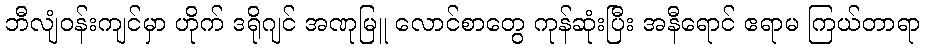
ဘီလျံဝန်းကျင်မှာ ဟိုက် ဒရိုဂျင် အဏုမြူ လောင်စာတွေ ကုန်ဆုံးပြီး အနီရောင် ဧရာမ ကြယ်တာရာ